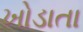
ખોડાતા